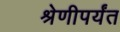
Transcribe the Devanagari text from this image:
श्रेणीपर्यंत